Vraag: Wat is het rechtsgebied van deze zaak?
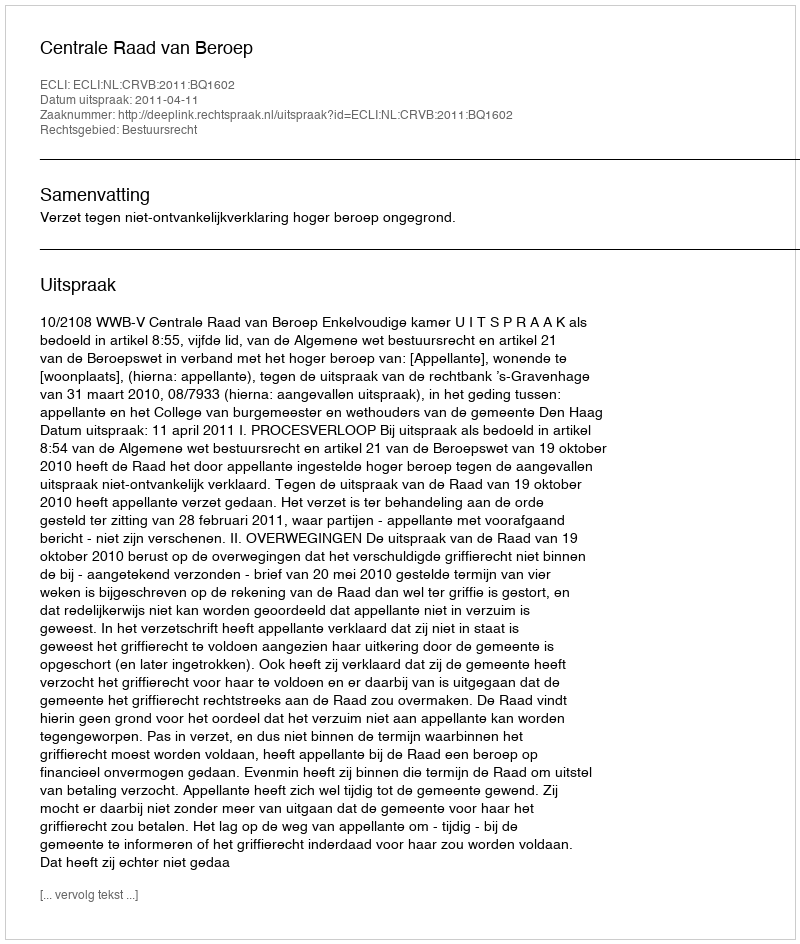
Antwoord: Bestuursrecht